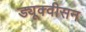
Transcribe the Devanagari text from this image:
ड्यूक्वीसन